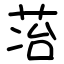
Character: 𬜷